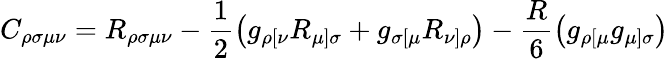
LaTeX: C_{\rho\sigma\mu\nu}=R_{\rho\sigma\mu\nu}-\frac{1}{2}\left(g_{\rho[\nu}R_{\mu]\sigma}+g_{\sigma[\mu}R_{\nu]\rho}\right)-\frac{R}{6}\left(g_{\rho[\mu}g_{\mu]\sigma}\right)